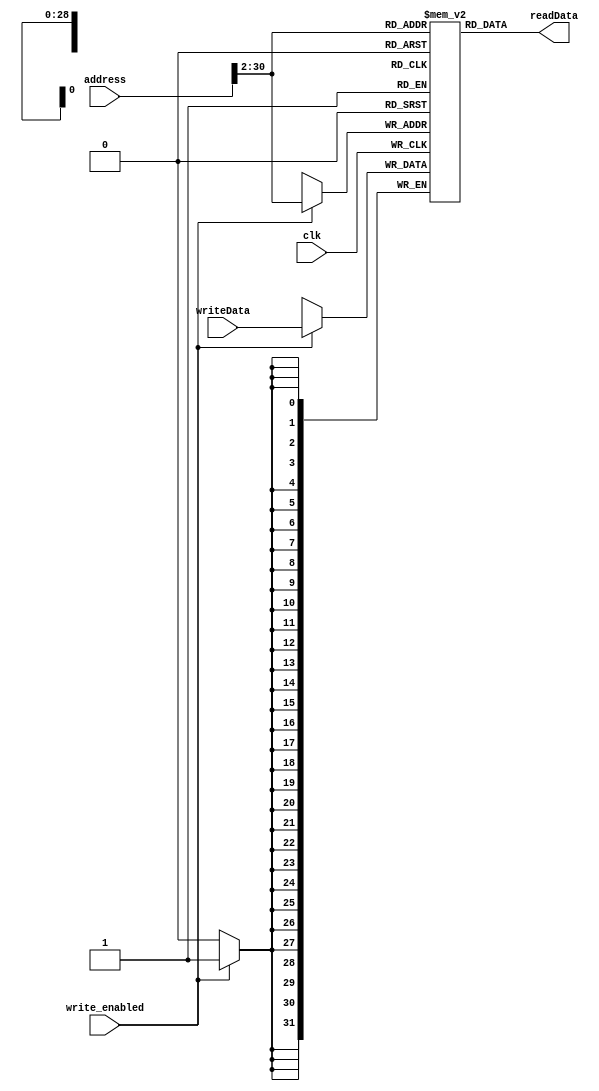
`timescale 1ns / 1ps
//////////////////////////////////////////////////////////////////////////////////
// Company: 
// Engineer: 
// 
// Design Name: 
// Module Name:    dmen 
// Project Name: 
// Target Devices: 
// Tool versions: 
// Description: 
//
// Dependencies: 
//
// Revision: 
// Revision 0.01 - File Created
// Additional Comments: 
//
//////////////////////////////////////////////////////////////////////////////////
module dmem(
				input wire clk, write_enabled,
				input wire [31:0] address, writeData,
				output wire [31:0] readData);
				

	reg [31:0] RAM[268500992 + 480 - 1:268500992];			
	//reg [31:0] RAM[63:0];
	assign readData = RAM[address[31:2]]; // word aligned

	always@(posedge clk)
		if (write_enabled) RAM[address[31:2]] <= writeData;

endmodule